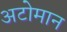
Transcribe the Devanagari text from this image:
अटोमान